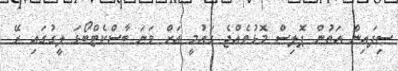
ސިފައިން އަތުން ޕޮލިސް މޮޅުވެއްޖެ ގައުމީ އަށް ވަނަ ބާސްކެޓްބޯޅަ ލީގުގައި ރޭ